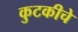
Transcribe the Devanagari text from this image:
कुटकीचे